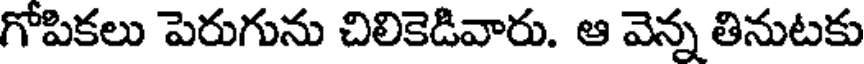
గోపికలు పెరుగును చిలికెడివారు. ఆ వెన్న తినుటకు